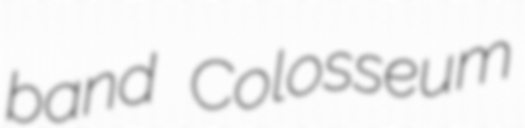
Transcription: band Colosseum